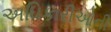
અધિકારીઓની